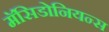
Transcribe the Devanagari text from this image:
मॅसिडोनियन्स